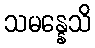
သမန္နေသိ